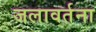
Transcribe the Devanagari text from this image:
जलावर्तना